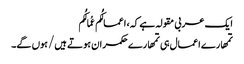
ایک عربی مقولہ ہے کہ، اعمالُکُم عُمالُکُم
تمھارے اعمال ہی تمھارے حکمران ہوتے ہیں/ ہوں گے۔